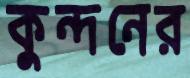
কুন্দনের